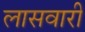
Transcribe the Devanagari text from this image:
लासवारी